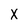
Character: X